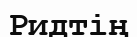
Ридтің